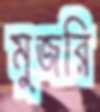
মুজরি